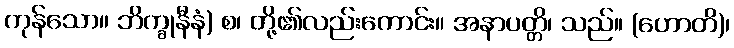
ကုန်သော။ ဘိက္ခုနီနံ) စ၊ တို့၏လည်းကောင်း။ အနာပတ္တိ၊ သည်။ (ဟောတိ)၊